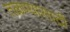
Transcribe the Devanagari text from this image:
तळण्यासाठी